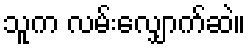
သူက လမ်းလျှောက်ဆဲ။